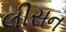
લીસન